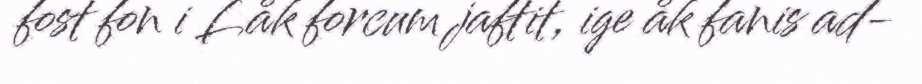
fost fon i Låk forcum jaftit, ige åk fanis ad-